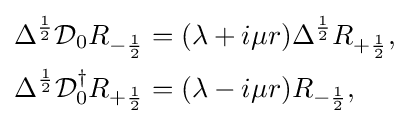
{\begin{aligned}\Delta ^{\frac {1}{2}}{\mathcal {D}}_{0}R_{-{\frac {1}{2}}}&=(\lambda +i\mu r)\Delta ^{\frac {1}{2}}R_{+{\frac {1}{2}}},\\\Delta ^{\frac {1}{2}}{\mathcal {D}}_{0}^{\dagger }R_{+{\frac {1}{2}}}&=(\lambda -i\mu r)R_{-{\frac {1}{2}}},\end{aligned}}